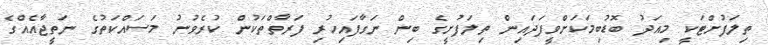
ތިލަފުށްޓަކީ މިއަދު ބޮޑުބިމަކަށްވީފަދައިން ތިލަފުށީގެ ބިން ނަގާފައިހުރި ފަރާތްތަކުން ކުރެވުނު މަސައްކަތުގެ ނަތީޖާއެއްގެ